Indian journal of veterinary science and animal husbandry - Volume 13,
Year: 1943
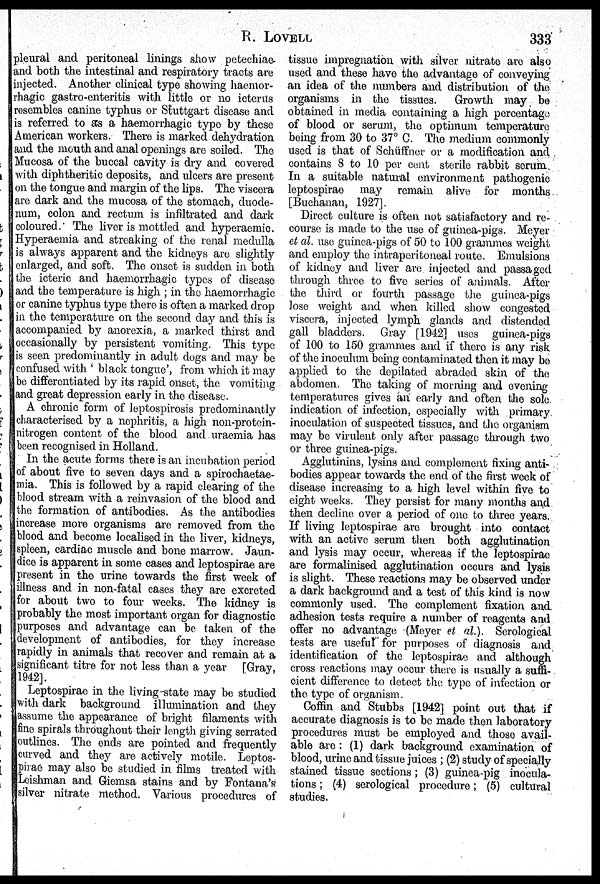
R.
LOVELL
333
pleural and peritoneal linings show petechiae-
and both the intestinal and respiratory tracts are
injected. Another clinical type showing haemor-
rhagic gastro-cnteritis with little or no icterus
resembles canine typhus or Stuttgart disease and
is referred to as a haemorrhagic type by these
American workers. There is marked dehydration
and the mouth and anal openings are soiled. The
Mucosa of the buccal cavity is dry and covered
with diphtheritic deposits, and ulcers are present
on the tongue and margin of the lips. The viscera
are dark and the mucosa of the stomach, duode-
num, colon and rectum is infiltrated and dark
coloured. The liver is mottled and hyperaemic.
Hyperaemia and streaking of the renal medulla
is always apparent and the kidneys are slightly
enlarged, and soft. The onset is sudden in both
the icteric and haemorrhagic types of disease
and the temperature is high; in the haemorrhagic
or canine typhus type there is often a marked drop
in the temperature on the second day and this is
accompanied by anorexia, a marked thirst and
occasionally by persistent vomiting. This type
is seen predominantly in adult dogs and may be
confused with 'black tongue', from which it may
be differentiated by its rapid onset, the vomiting
and great depression early in the disease.
A chronic form of leptospirosis predominantly
characterised by a nephritis, a high non-protein-
nitrogen content of the blood and uraemia has
been recognised in Holland.
In the acute forms there is an incubation period
of about five to seven days and a spirochaetae-
mia. This is followed by a rapid clearing of the
blood stream with a reinvasion of the blood and
the formation of antibodies. As the antibodies
increase more organisms are removed from the
blood and become localised in the liver, kidneys,
spleen, cardiac muscle and bone marrow. Jaun-
dice is apparent in some cases and leptospirae are
present in the urine towards the first week of
illness and in non-fatal cases they are excreted
for about two to four weeks. The kidney is
probably the most important organ for diagnostic
purposes and advantage can be taken of the
development of antibodies, for they increase
rapidly in animals that recover and remain at a
significant titre for not less than a year [Gray,
1942].
Leptospirae in the living state may be studied
with dark background illumination and they
assume the appearance of bright filaments with
fine spirals throughout their length giving serrated
outlines. The ends are pointed and frequently
curved and they are actively motile. Leptos-
pirae may also be studied in films treated with
Leishman and Giemsa stains and by Fontana's
silver nitrate method. Various procedures of
tissue impregnation with silver nitrate are also
used and these have the advantage of conveying
an idea of the numbers and distribution of the
organisms in the tissues.
Growth may be
obtained in media containing a high percentage
of blood or serum, the optimum temperature
being from 30 to 37º C. The medium commonly
used is that of Schüffner or a modification and
contains 8 to 10 per cent sterile rabbit serum
In a suitable natural environment pathogenic
leptospirae may remain alive for months
[Buchanan, 1927].
Direct culture is often not satisfactory and re-
course is made to the use of guinea-pigs. Meyer
et al. use guinea-pigs of 50 to 100 grammes weight
and employ the intraperitoneal route. Emulsions
of kidney and liver are injected and passaged
through three to five series of animals. After
the third or fourth passage the guinea-pigs
lose weight and when killed show congested
viscera, injected lymph glands and distended
gall bladders. Gray [1942] uses guinea-pigs
of 100 to 150 grammes and if there is any risk
of the inoculum being contaminated then it may be
applied to the depilated abraded skin of the
abdomen. The taking of morning and evening
temperatures gives an early and often the sole
indication of infection, especially with primary
inoculation of suspected tissues, and the organism
may be virulent only after passage through two
or three guinea-pigs.
Agglutinins, lysins and complement fixing anti-
bodies appear towards the end of the first week of
disease increasing to a high level within five to
eight weeks. They persist for many months and
then decline over a period of one to three years.
If living leptospirae are brought into contact
with an active serum then both agglutination
and lysis may occur, whereas if the leptospirae
are formalinised agglutination occurs and lysis
is slight. These reactions may be observed under
a dark background and a test of this kind is now
commonly used. The complement fixation and
adhesion tests require a number of reagents and
offer no advantage (Meyer et al.). Serological
tests are useful for purposes of diagnosis and
identification of the leptospirae and although
cross reactions may occur there is usually a suffi-
cient difference to detect the type of infection or
the type of organism.
Coffin and Stubbs [1942] point out that if
accurate diagnosis is to be made then laboratory
procedures must be employed and those avail-
able are : (1) dark background examination of
blood, urine and tissue juices; (2) study of specially
stained tissue sections; (3) guinea-pig inocula-
tions; (4) serological procedure; (5) cultural
studies.